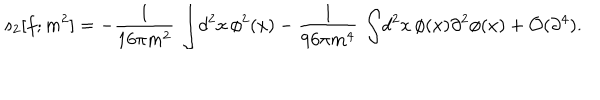
LaTeX: s _ { 2 } [ f ; m ^ { 2 } ] = - { \frac { 1 } { 1 6 \pi m ^ { 2 } } } \, \int \! d ^ { 2 } x \, \phi ^ { 2 } ( x ) - { \frac { 1 } { 9 6 \pi m ^ { 4 } } } \, \int \! d ^ { 2 } x \, \phi ( x ) \partial ^ { 2 } \phi ( x ) + { \cal O } ( \partial ^ { 4 } ) .